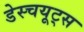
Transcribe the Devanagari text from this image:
डेस्चयूट्स